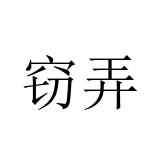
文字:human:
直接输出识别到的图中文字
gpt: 窃弄